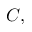
C ,